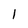
Character: 1